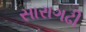
સારાગઢી